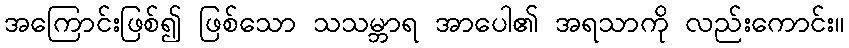
အကြောင်းဖြစ်၍ ဖြစ်သော သသမ္ဘာရ အာပေါ၏ အရသာကို လည်းကောင်း။